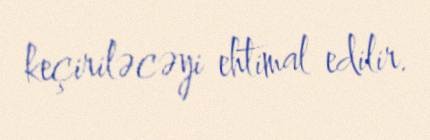
keçiriləcəyi ehtimal edilir.